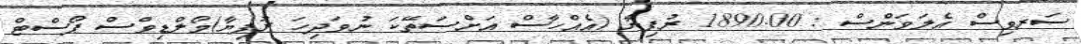
ސަރވިސް އެލަވަންސް : 1890.00 ރުފިޔާ (އެއްހާސް އަށްސަތޭކަ ނުވަދިހަ ރުފިޔާ)މޯލްޑިވްސް ޕޯސްޓް